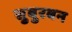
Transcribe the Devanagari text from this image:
सुबुरबन